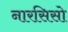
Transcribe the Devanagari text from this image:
नारसिसो